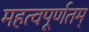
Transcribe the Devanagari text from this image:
महत्वपूर्णतम्